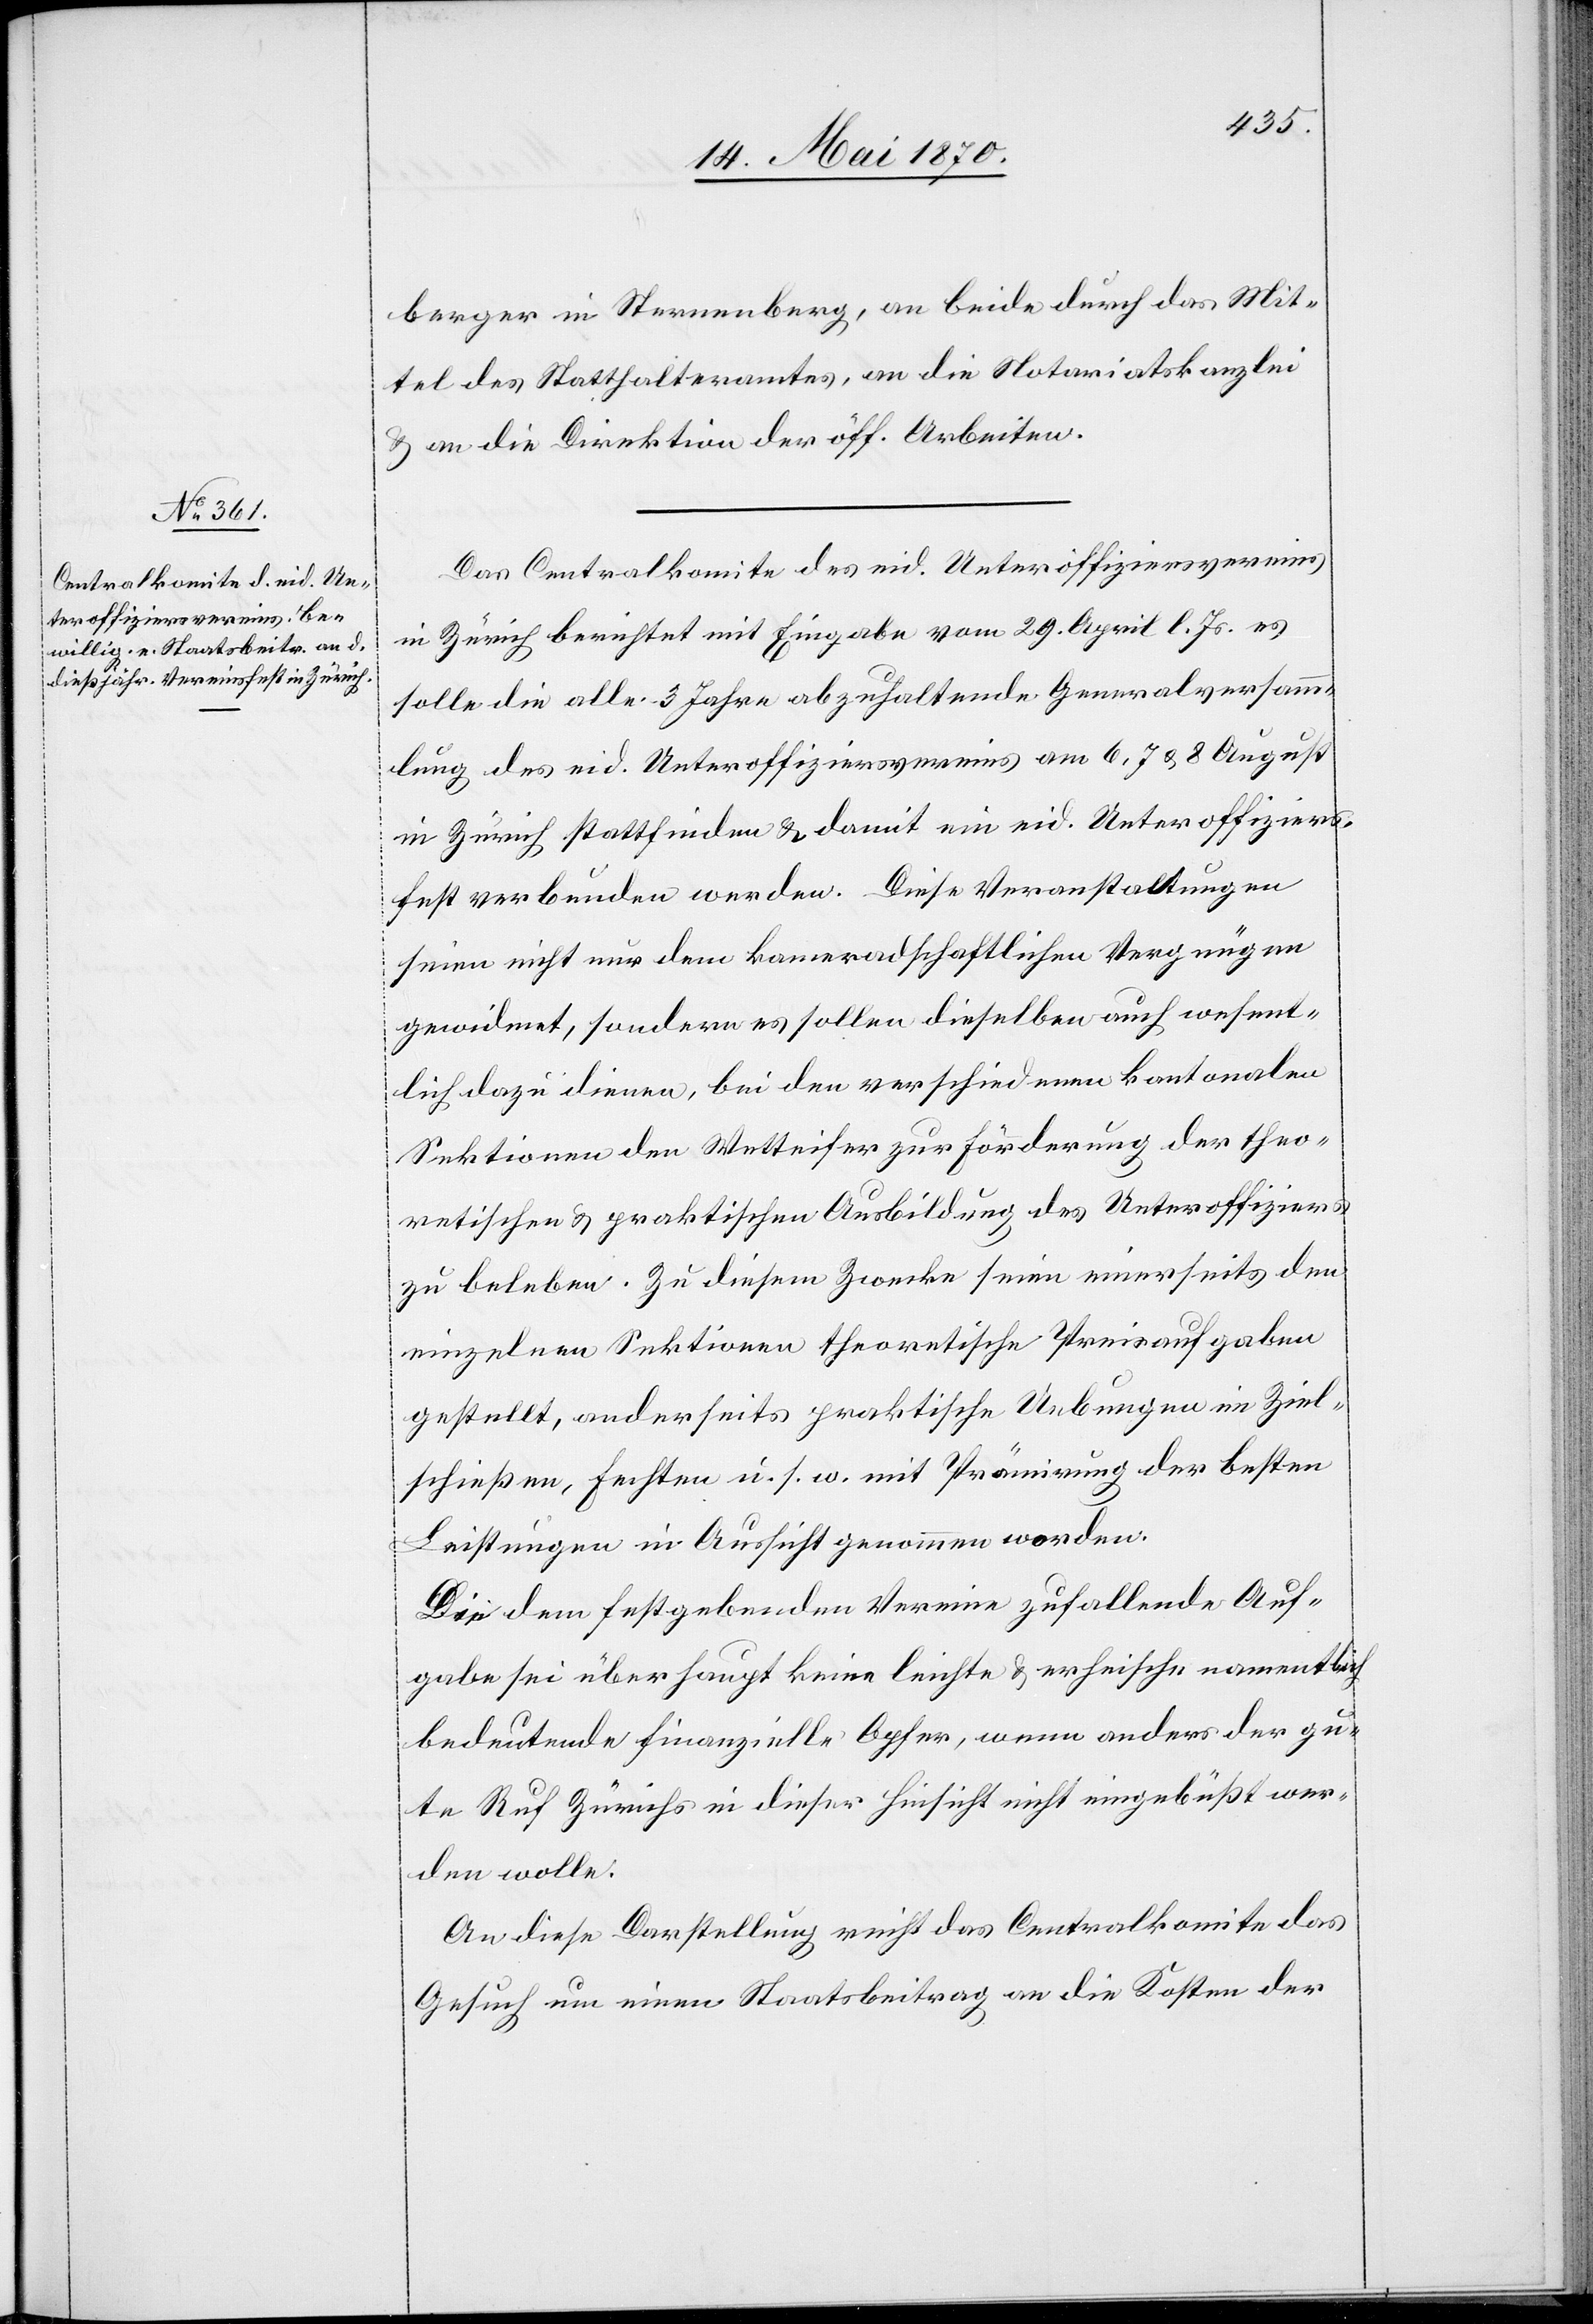
berger in Sternenberg, an beide durch das Mit¬
tel des Statthalteramtes, an die Notariatskanzlei
& an die Direktion der öff. Arbeiten.
Das Centralkomite des eid. Unteroffiziersvereins
in Zürich berichtet mit Eingabe vom 29. April l. Js. es
solle die alle 3 Jahre abzuhaltende Generalversamm¬
lung des eid. Unteroffiziersvereins am 6.[,] 7. & 8. August
in Zürich stattfinden & damit ein eid. Unteroffiziers¬
fest verbunden werden. Diese Veranstaltungen
seien nicht nur dem kameradschaftlichen Vergnügen
gewidmet, sondern es sollen dieselben auch wesent¬
lich dazu dienen, bei den verschiedenen kantonalen
Sektionen den Wetteifer zur Förderung der theo¬
retischen & praktischen Ausbildung des Unteroffiziers
zu beleben. Zu diesem Zwecke seien einerseits den
einzelnen Sektionen theoretische Preisaufgaben
gestellt, anderseits praktische Uebungen im Ziel¬
schießen, fechten u. s. w. mit Prämirung der besten
Leistungen in Aussicht genommen worden.
Die dem festgebenden Vereine zufallende Auf¬
gabe sei überhaupt keine leichte & erheische namentlich
bedeutende finanzielle Opfer, wenn anders der gu¬
te Ruf Zürichs in dieser Hinsicht nicht eingebüßt wer¬
den wolle.
An diese Darstellung reicht das Centralkomite das
Gesuch um einen Staatsbeitrag an die Kosten der